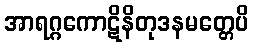
အာရဂ္ဂကောဋိနိတုဒနမတ္တေပိ